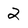
Character: 2